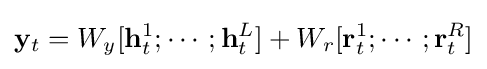
\mathbf {y} _{t}=W_{y}[\mathbf {h} _{t}^{1};\cdots ;\mathbf {h} _{t}^{L}]+W_{r}[\mathbf {r} _{t}^{1};\cdots ;\mathbf {r} _{t}^{R}]